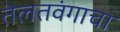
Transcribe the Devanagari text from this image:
तेलतवंगाचा